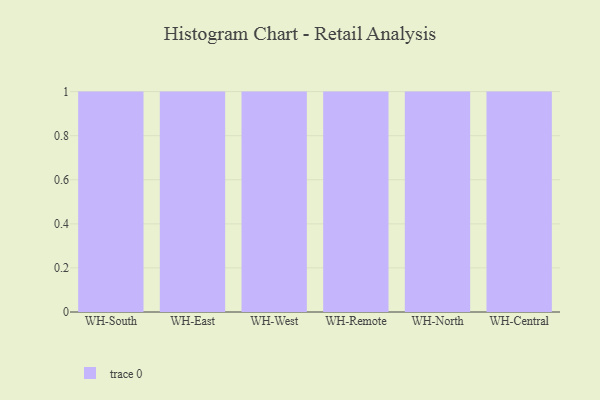
{"axis": {"x": "Warehouse", "y": "LTV (USD)"}, "legend": [""], "data": [{"x": "WH-South", "y": 40, "type": ""}, {"x": "WH-East", "y": 58, "type": ""}, {"x": "WH-West", "y": 20, "type": ""}, {"x": "WH-Remote", "y": 44, "type": ""}, {"x": "WH-North", "y": 67, "type": ""}, {"x": "WH-Central", "y": 29, "type": ""}]}